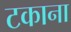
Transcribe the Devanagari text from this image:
टकाना